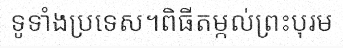
ទូទាំងប្រទេស។ពិធីតម្កល់ព្រះបុរម